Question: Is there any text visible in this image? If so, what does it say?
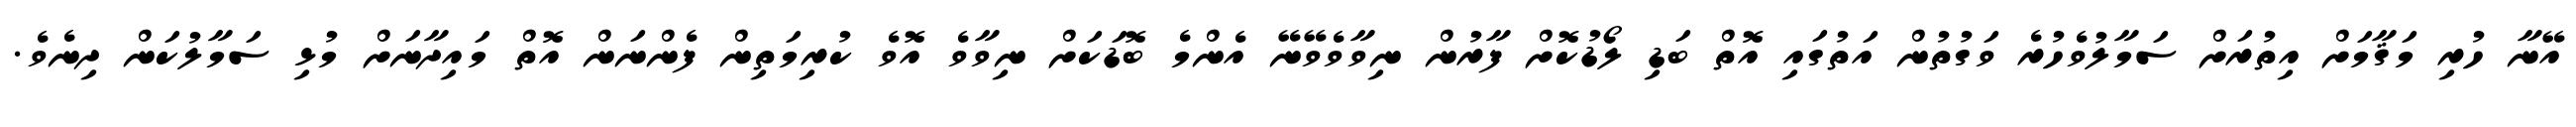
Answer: އޭނާ ހުރި މަޤާމަށް އިތުރަށް ސަމާލުވެހުރެ ވަގުތުން އަތުގައި އޮތް ބަޑި ލޯޑުކޮށް ފާރުން ނިވާވެވޭނޭ އެންމެ ބޮޑަކަށް ނިވާވެ އޮވެ ކުރިމަތިން ފެންނަން އޮތް މައިދާނަށް މުޅި ސަމާލުކަން ދިނެވެ.